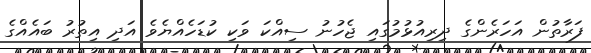
ފަރާތުން އަހަރެންގެ ދިރިއުޅުމުގައި ޖެހުނު ސިއްކަ ވަކި ކުޑަހެއްޔެވެ އަދި އިތުރު ބައެއްގެ